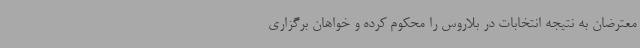
معترضان به نتیجه انتخابات در بلاروس را محکوم کرده و خواهان برگزاری